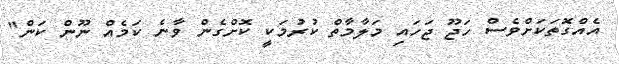
އެއްގޮތަކަށްވެސް ހަޖޫ ޖަހައި މަލާމާތް ކުރުމަކީ ކޮށްގެން ވާނެ ކަމެއް ނޫން ކަން"